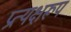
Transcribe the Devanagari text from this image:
प्रत्यक्षरूप